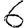
Digit: 6